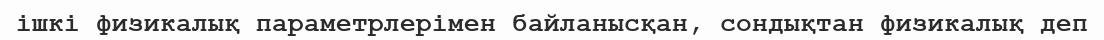
ішкі физикалық параметрлерімен байланысқан, сондықтан физикалық деп